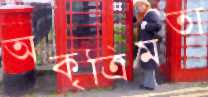
অকৃত্রিমতা